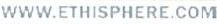
WWW.ETHISPHERE.COM